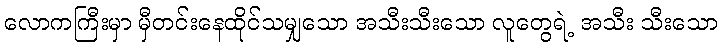
လောကကြီးမှာ မှီတင်းနေထိုင်သမျှသော အသီးသီးသော လူတွေရဲ့ အသီး သီးသော